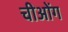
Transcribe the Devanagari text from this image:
चीओंग